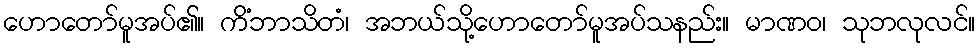
ဟောတော်မူအပ်၏။ ကိံဘာသိတံ၊ အဘယ်သို့ဟောတော်မူအပ်သနည်း။ မာဏဝ၊ သုဘလုလင်။